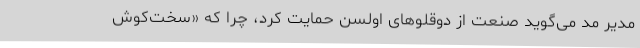
مدیر مد می‌گوید صنعت از دوقلوهای اولسن حمایت کرد، چرا که «سخت‌کوش